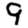
Digit: 9